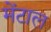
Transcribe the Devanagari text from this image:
मेंटाल